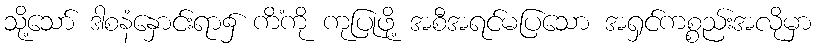
သို့သော် ဒါစနံနှောင်းရာ၌ ကိံကို ကုပြုဖို့ အစီအရင်မပြသော အရှင်ကစ္စည်းအလိုမှာ